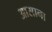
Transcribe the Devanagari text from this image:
आसाना